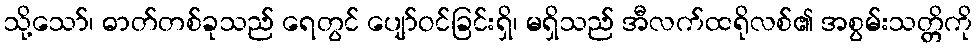
သို့သော်၊ ဓာတ်တစ်ခုသည် ရေတွင် ပျော်ဝင်ခြင်းရှိ၊ မရှိသည် အီလက်ထရိုလစ်၏ အစွမ်းသတ္တိကို